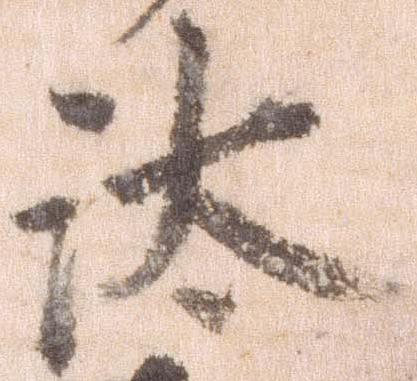
汰